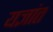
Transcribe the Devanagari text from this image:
यज्ञांत